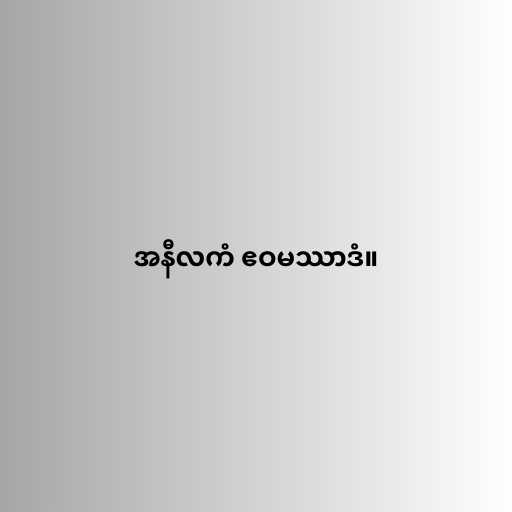
အနီလကံ ဧဝမဿာဒံ။